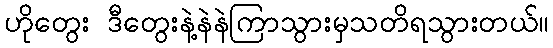
ဟိုတွေး ဒီတွေးနဲ့နဲနဲကြာသွားမှသတိရသွားတယ်။